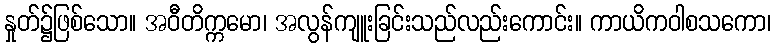
နှုတ်၌ဖြစ်သော။ အဝီတိက္ကမော၊ အလွန်ကျူးခြင်းသည်လည်းကောင်း။ ကာယိကဝါစသကော၊